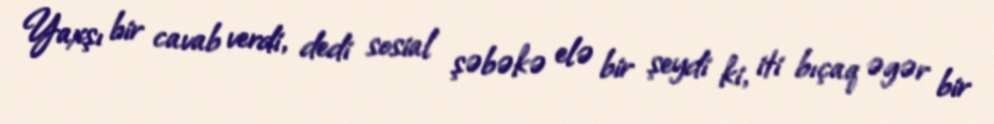
Yaxşı bir cavab verdi, dedi sosial şəbəkə elə bir şeydi ki, iti bıçaq əgər bir